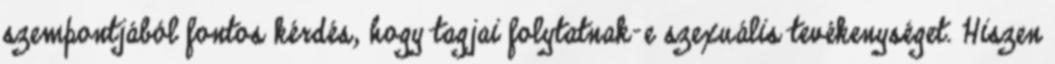
szempontjából fontos kérdés, hogy tagjai folytatnak-e szexuális tevékenységet. Hiszen